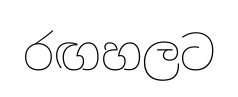
රඟහලට